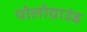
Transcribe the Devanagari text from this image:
पोलोग्राउंड